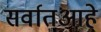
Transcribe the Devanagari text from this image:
सर्वातआहे